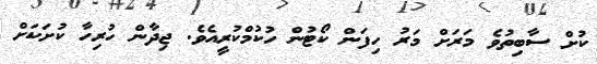
ކުށް ސާބިތުވެ މަރަށް މަރު ހިފަން ކޯޓުން ހުކުމްކުރީއެވެ. ޖިދާން ހުރިހާ ކުށަކަށް